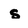
Character: s